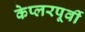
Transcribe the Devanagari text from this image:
केप्लरपूर्वी